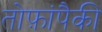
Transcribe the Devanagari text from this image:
तोफ़ांपैकी